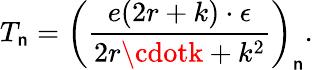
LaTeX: T_{\mathsf{n}}=\left(\frac{{e(2r+k)\cdot\epsilon}}{{2r\cdotk+k^{2}}}\right)_{\mathsf{n}}.